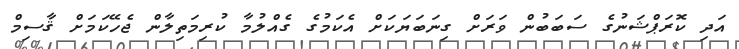
އަދި ކޮރަޕްޝަނުގެ ސަބަބުން ވަރަށް ގިނަބަޔަކަށް އެކަމުގެ ގެއްލުމާ ކުރިމަތިލާން ޖެހޭކަމަށް ޤާސިމް